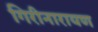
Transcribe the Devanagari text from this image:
गिरीनारायण